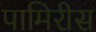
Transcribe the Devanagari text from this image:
पामिरीस